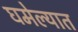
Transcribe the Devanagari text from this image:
घमेल्यात